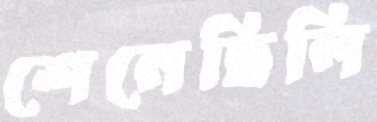
শেনেছিলি